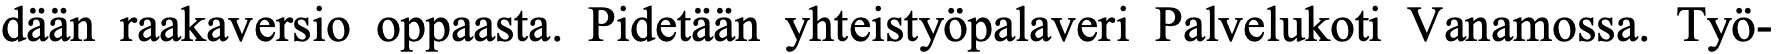
dään raakaversio oppaasta. Pidetään yhteistyöpalaveri Palvelukoti Vanamossa. Työ-